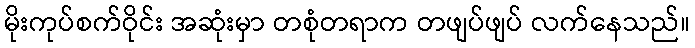
မိုးကုပ်စက်ဝိုင်း အဆုံးမှာ တစုံတရာက တဖျပ်ဖျပ် လက်နေသည်။